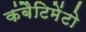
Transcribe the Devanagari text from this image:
कंबैटिमेंटो